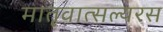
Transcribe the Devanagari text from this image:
मातृवात्सल्यरस